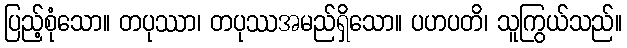
ပြည့်စုံသော။ တပုဿာ၊ တပုဿအမည်ရှိသော။ ပဟပတိ၊ သူကြွယ်သည်။